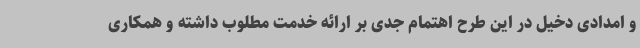
و امدادی دخیل در این طرح اهتمام جدی بر ارائه خدمت مطلوب داشته و همکاری